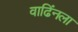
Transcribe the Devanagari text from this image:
वाढिंनला